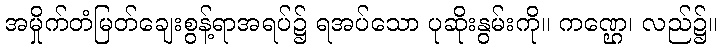
အမှိုက်တံမြတ်ချေးစွန့်ရာအရပ်၌ ရအပ်သော ပုဆိုးနွမ်းကို။ ကဏ္ဌေ၊ လည်၌။